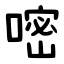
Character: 嘧